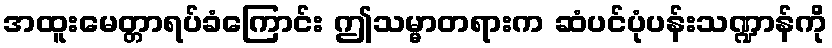
အထူးမေတ္တာရပ်ခံကြောင်း ဤသမ္မာတရားက ဆံပင်ပုံပန်းသဏ္ဍာန်ကို